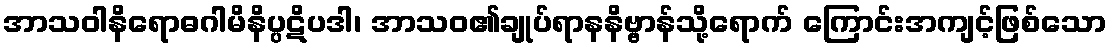
အာသဝါနိရောဓဂါမိနိပ္ပဋိပဒါ၊ အာသဝ၏ချုပ်ရာနနိဗ္ဗာန်သို့ရောက် ကြောင်းအကျင့်ဖြစ်သော